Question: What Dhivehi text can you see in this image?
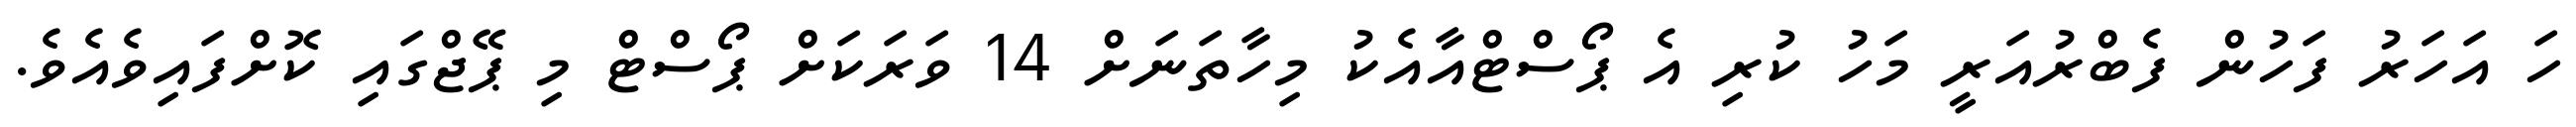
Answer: ހަ އަހަރު ފަހުން ފެބްރުއަރީ މަހު ކުރި އެ ޕޯސްޓްއާއެކު މިހާތަނަށް 14 ވަރަކަށް ޕޯސްޓް މި ޕޭޖްގައި ކޮށްފައިވެއެވެ.